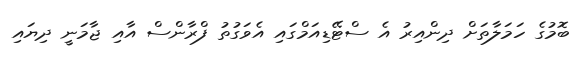
ބޮމުގެ ހަމަލާތަށް ދިންއިރު އެ ސްޓޭޑިއަމްގައި އެވަގުތު ފްރާންސް އާއި ޖާމަނީ ދިޔައި